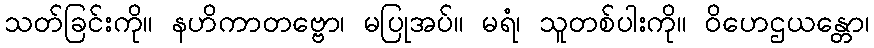
သတ်ခြင်းကို။ နဟိကာတဗ္ဗော၊ မပြုအပ်။ မရံ၊ သူတစ်ပါးကို။ ဝိဟေဌယန္တော၊